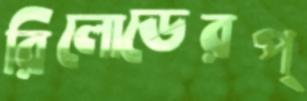
রিলোডেরপ্